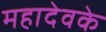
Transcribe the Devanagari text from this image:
महादेवके